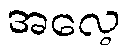
အလေ့